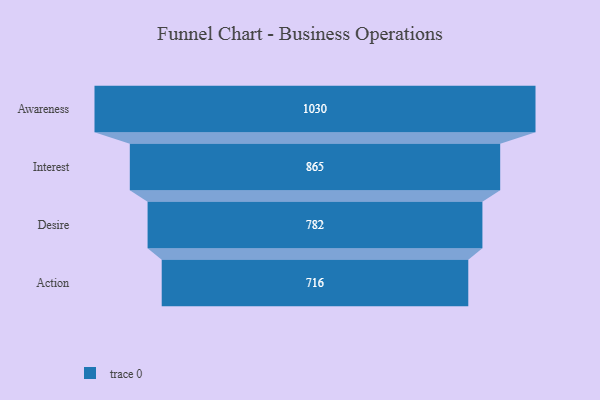
{"axis": {"x": "Stage", "y": "Value"}, "legend": [""], "data": [{"x": "Awareness", "y": 1030.0, "type": ""}, {"x": "Interest", "y": 865.0, "type": ""}, {"x": "Desire", "y": 782.0, "type": ""}, {"x": "Action", "y": 716.0, "type": ""}]}